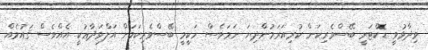
ވިދާޅުވީ ޑޮކްޓަރީ ބޭސްވެރިކަން ކުރިއަރަމުންދިޔަ ނަމަވެސް ހަކީމީ ބޭސްވެރިކަމަށް އަލްވަދާޢުކީ އެއްވެސް ޤައުމެއް